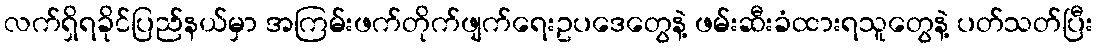
လက်ရှိရခိုင်ပြည်နယ်မှာ အကြမ်းဖက်တိုက်ဖျက်ရေးဥပဒေတွေနဲ့ ဖမ်းဆီးခံထားရသူတွေနဲ့ ပတ်သတ်ပြီး